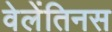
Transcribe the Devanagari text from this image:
वेलेंतिनस